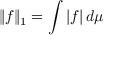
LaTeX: \| f \| _ { 1 } = \int | f | \, d \mu